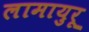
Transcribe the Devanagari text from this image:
लामायुरू